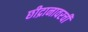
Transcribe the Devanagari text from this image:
छीद्रानावरची